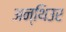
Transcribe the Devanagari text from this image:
अन्थिउर